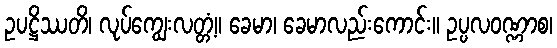
ဥပဋ္ဌိဿတိ၊ လုပ်ကျွေးလတ္တံ့။ ခေမာ၊ ခေမာလည်းကောင်း။ ဥပ္ပလဝဏ္ဏာစ၊